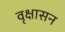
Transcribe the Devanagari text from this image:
वृक्षासन